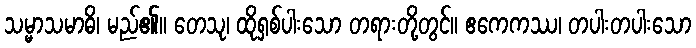
သမ္မာသမာဓိ၊ မည်၏။ တေသု၊ ထိုရှစ်ပါးသော တရားတို့တွင်။ ဧကေကဿ၊ တပါးတပါးသော